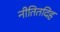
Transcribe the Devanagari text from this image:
नीतितदिह